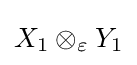
X_{1}\otimes _{\varepsilon }Y_{1}